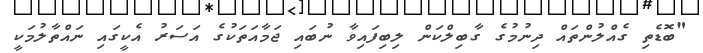
"ބޮޑެތި ގެއްލުންތައް ދިނުމުގެ ގާބިލްކަން ލިބިފައިވާ ނުބައި ޖަމާއަތަކުގެ އަސަރު އެކީގައި ނައްތާލުމަކީ